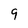
Character: 9